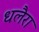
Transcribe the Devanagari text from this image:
धलैरा